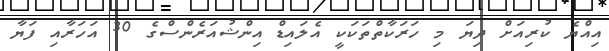
އިއްޔެ ކުރިއަށް ދިޔަ މި ހަރަކާތްތަކަކީ އެލައިޑް އިންޝުއަރެންސްގެ 30 އަހަރާއި ފަޔާ